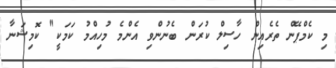
މި ކެމްޕޭން ތެރެއިން ހާސިލް ކުރަން ބެނުންވި އެންމެ މުހިއްމު ކަމަކީ" ކޮމިޝަނާ